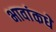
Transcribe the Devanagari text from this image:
भावांकधे